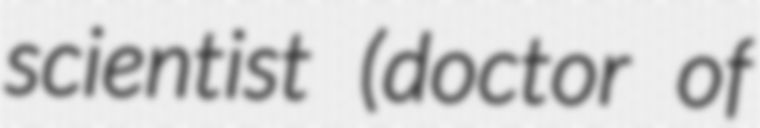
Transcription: scientist (doctor of